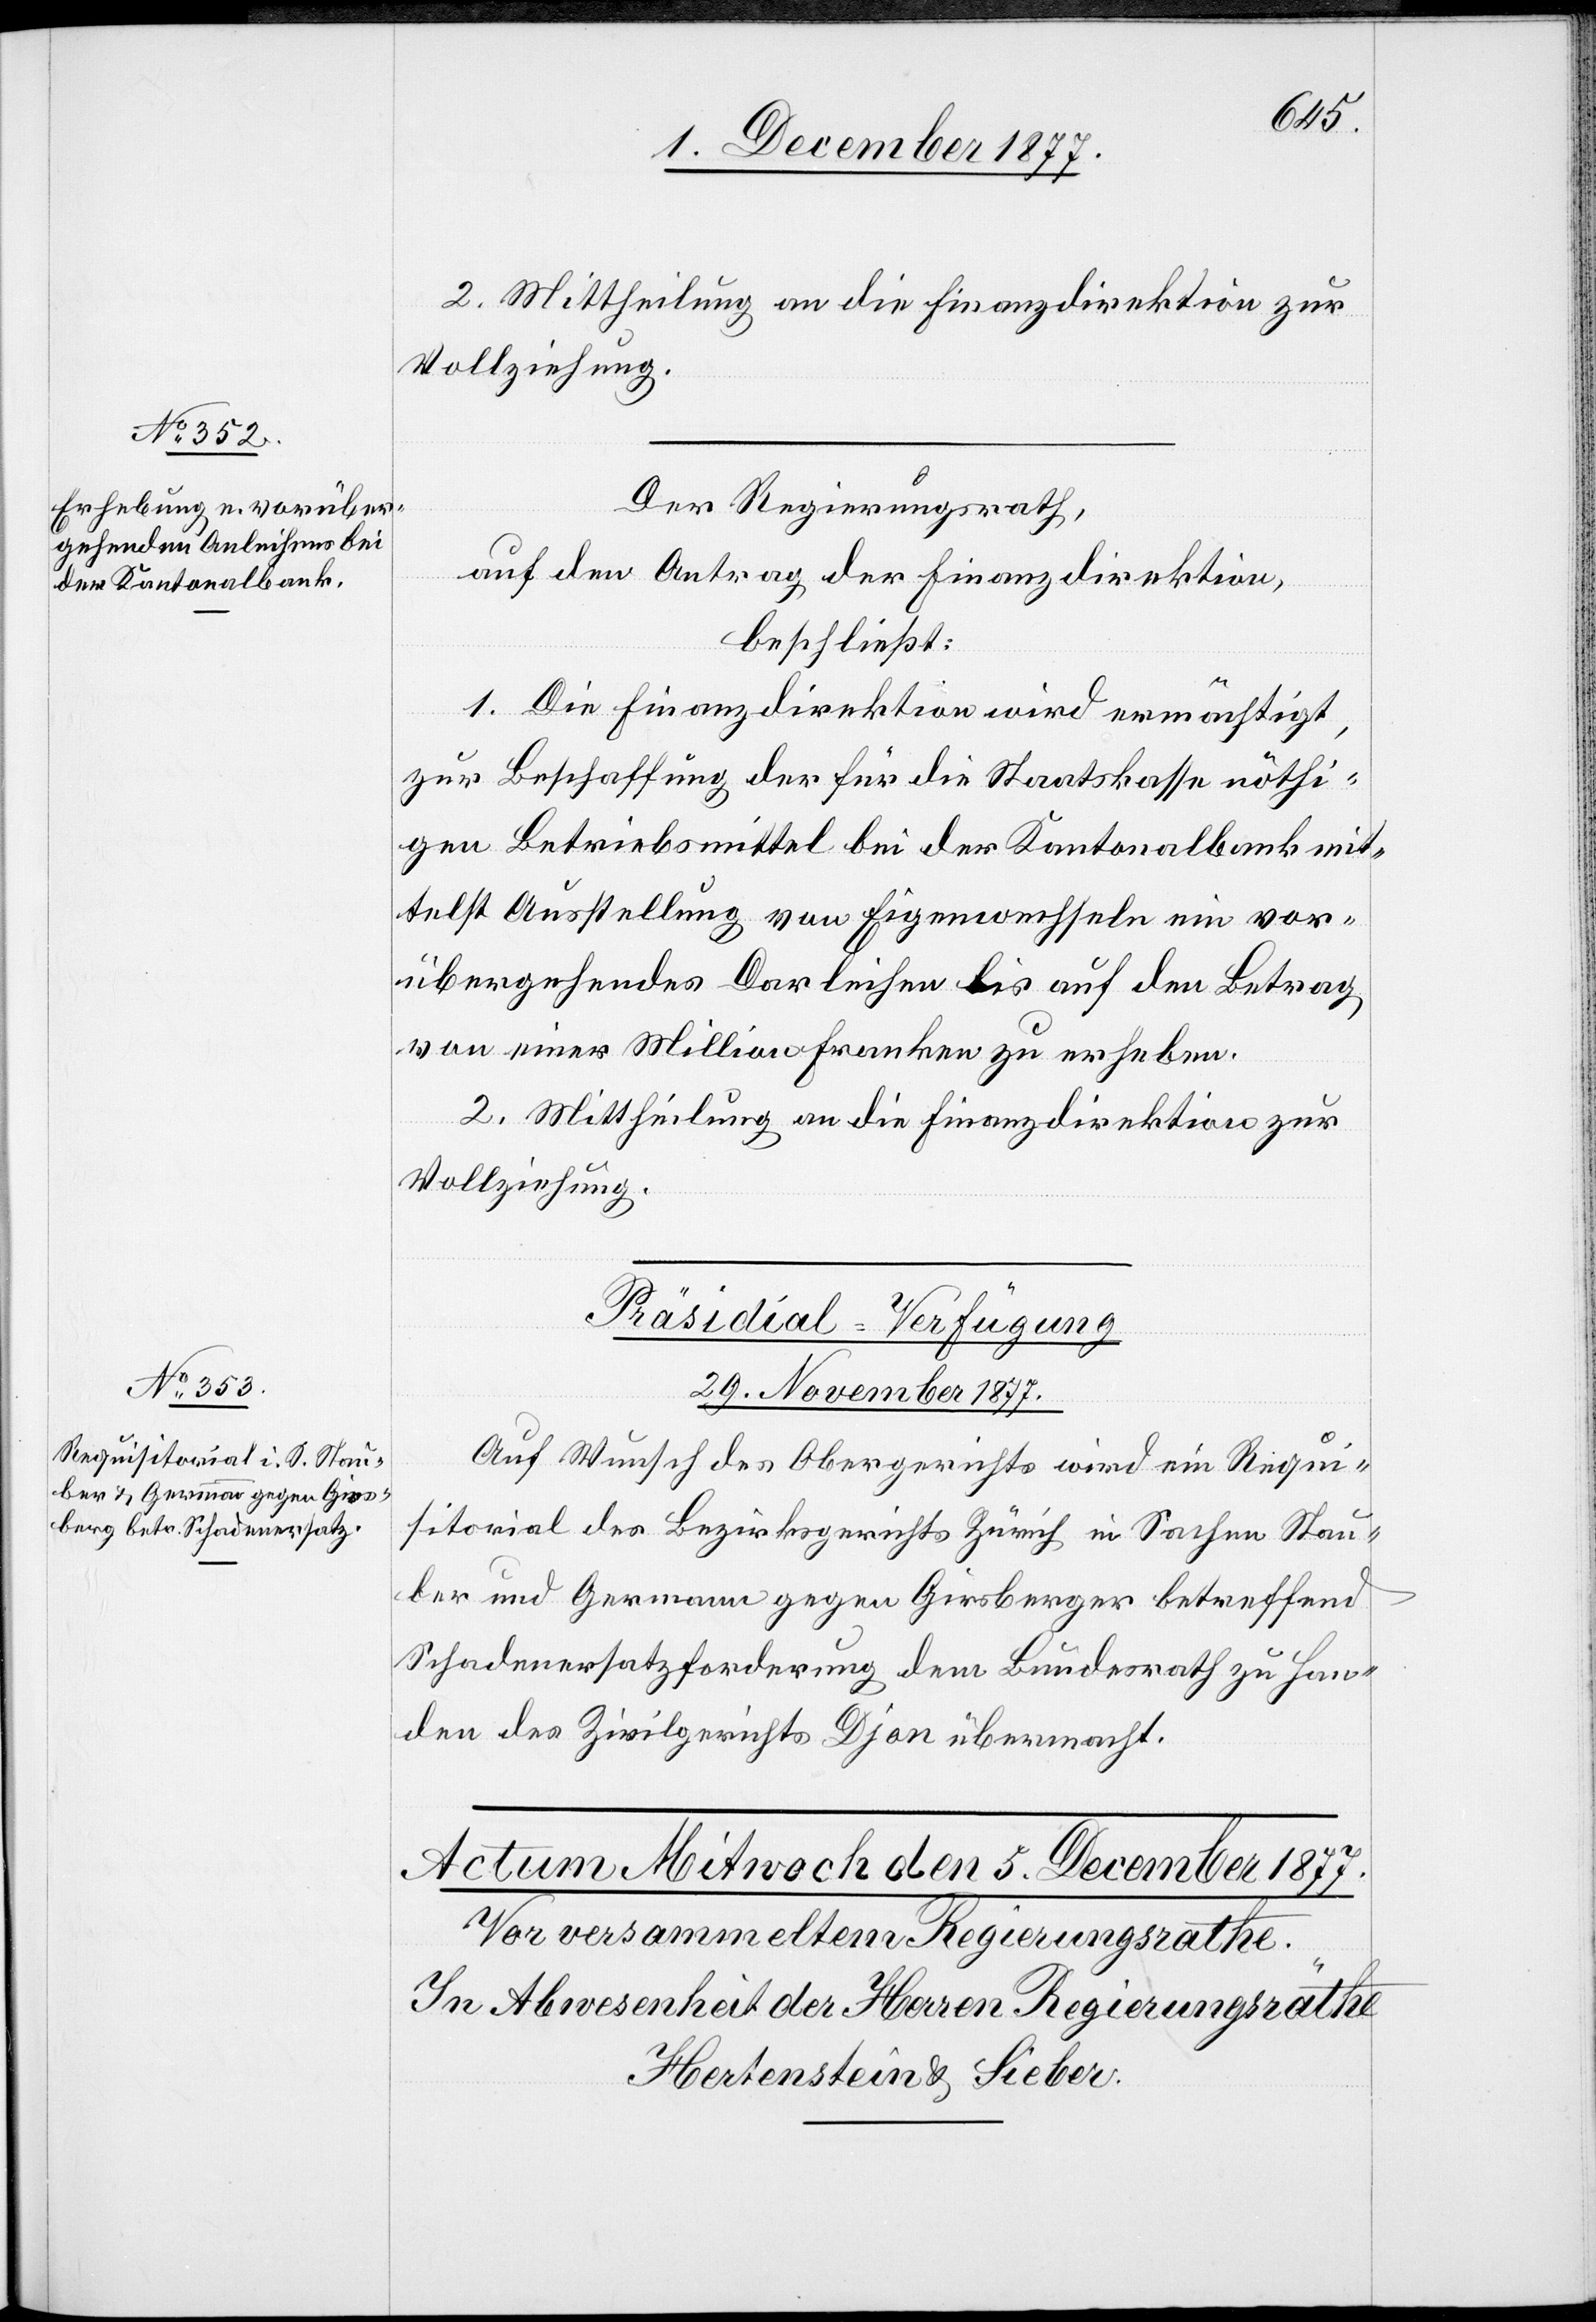
2. Mittheilung an die Finanzdirektion zur
Vollziehung.
Der Regierungsrath,
auf den Antrag der Finanzdirektion,
beschließt:
1. Die Finanzdirektion wird ermächtigt,
zur Beschaffung der für die Staatskasse nöthi¬
gen Betriebsmittel bei der Kantonalbank mit¬
telst Ausstellung von Eigenwechseln ein vor¬
übergehendes Darleihen bis auf den Betrag
von einer Million Franken zu erheben.
2. Mittheilung an die Finanzdirektion zur
Vollziehung.
Präsidial-Verfügung
29. November 1877.
Auf Wunsch des Obergerichts wird ein Requi¬
sitorial des Bezirksgerichts Zürich in Sachen Stau¬
ber und Germann gegen Girsberger [sic!] betreffend
Schadenersatzforderung dem Bundesrath zu Han¬
den des Zivilgerichts Djon übermacht.